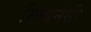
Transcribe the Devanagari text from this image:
मिलानेसी